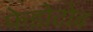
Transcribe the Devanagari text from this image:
फेडोटोव